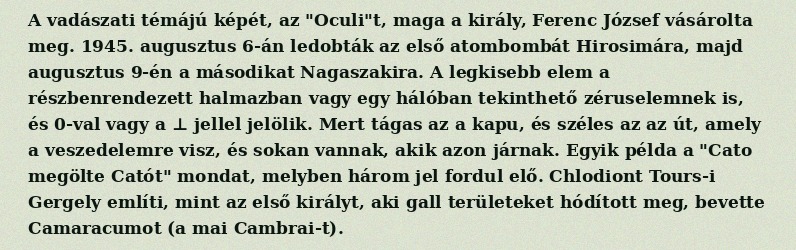
A vadászati témájú képét, az "Oculi"t, maga a király, Ferenc József vásárolta meg. 1945. augusztus 6-án ledobták az első atombombát Hirosimára, majd augusztus 9-én a másodikat Nagaszakira. A legkisebb elem a részbenrendezett halmazban vagy egy hálóban tekinthető zéruselemnek is, és 0-val vagy a ⊥ jellel jelölik. Mert tágas az a kapu, és széles az az út, amely a veszedelemre visz, és sokan vannak, akik azon járnak. Egyik példa a "Cato megölte Catót" mondat, melyben három jel fordul elő. Chlodiont Tours-i Gergely említi, mint az első királyt, aki gall területeket hódított meg, bevette Camaracumot (a mai Cambrai-t).